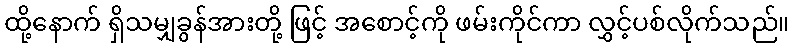
ထို့နောက် ရှိသမျှခွန်အားတို့ ဖြင့် အစောင့်ကို ဖမ်းကိုင်ကာ လွှင့်ပစ်လိုက်သည်။